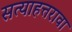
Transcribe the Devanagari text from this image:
सत्याहत्तरावा